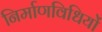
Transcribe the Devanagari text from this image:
निर्माणविधियों